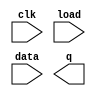
// Rule 90 is a one-dimensional cellular automaton with interesting properties.

// The rules are simple. There is a one-dimensional array of cells (on or off). At each time step, the next state of each cell is the XOR of the cell's two current neighbours. A more verbose way of expressing this rule is the following table, where a cell's next state is a function of itself and its two neighbours:

// Left	Center	Right	Center's next state
// 1	1	1	0
// 1	1	0	1
// 1	0	1	0
// 1	0	0	1
// 0	1	1	1
// 0	1	0	0
// 0	0	1	1
// 0	0	0	0
// (The name "Rule 90" comes from reading the "next state" column: 01011010 is decimal 90.)


// In this circuit, create a 512-cell system (q[511:0]), and advance by one time step each clock cycle. The load input indicates the state of the system should be loaded with data[511:0]. Assume the boundaries (q[-1] and q[512]) are both zero (off).

// Hint: For an initial state of q[511:0] = 1, the first few iterations are:
//        1
//       10
//      101
//     1000
//    10100
//   100010
//  1010101
// 10000000
// This forms half of a Sierpiski triangle.

module top_module(
    input clk,
    input load,
    input [511:0] data,
    output [511:0] q ); 

    // Insert your code here

endmodule